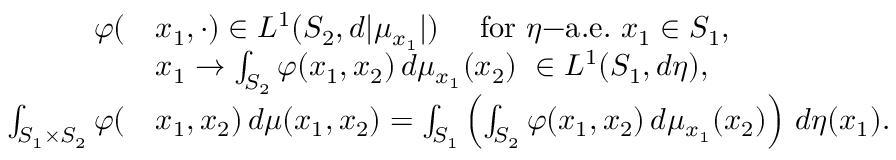
\begin{array} { r l } { \varphi ( } & { x _ { 1 } , \cdot ) \in L ^ { 1 } ( S _ { 2 } , d | \mu _ { x _ { 1 } } | ) \quad \mathrm { ~ f o r ~ } \eta \mathrm { - a . e . ~ } x _ { 1 } \in S _ { 1 } , } \\ & { x _ { 1 } \to \int _ { S _ { 2 } } \varphi ( x _ { 1 } , x _ { 2 } ) \, d \mu _ { x _ { 1 } } ( x _ { 2 } ) \ \in L ^ { 1 } ( S _ { 1 } , d \eta ) , } \\ { \int _ { S _ { 1 } \times S _ { 2 } } \varphi ( } & { x _ { 1 } , x _ { 2 } ) \, d \mu ( x _ { 1 } , x _ { 2 } ) = \int _ { S _ { 1 } } \left( \int _ { S _ { 2 } } \varphi ( x _ { 1 } , x _ { 2 } ) \, d \mu _ { x _ { 1 } } ( x _ { 2 } ) \right) \, d \eta ( x _ { 1 } ) . } \end{array}